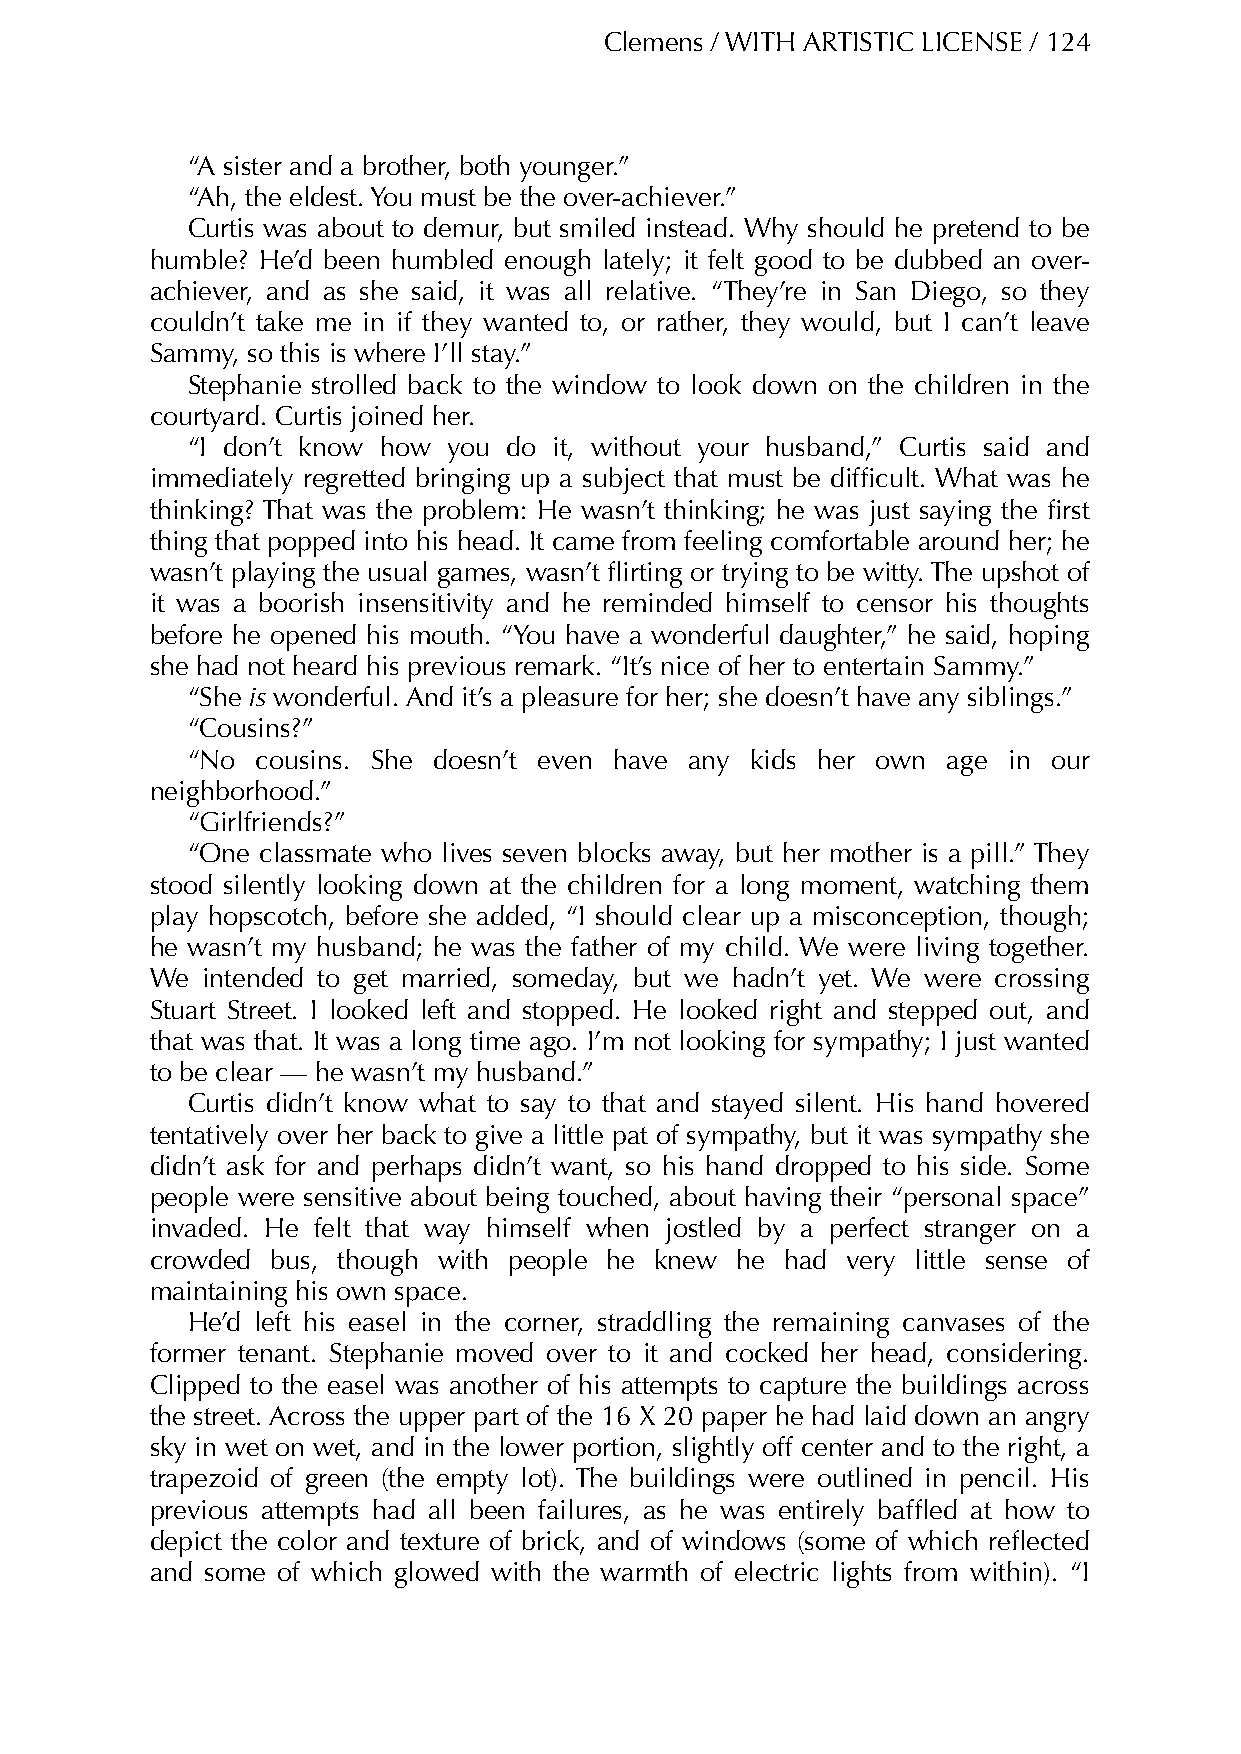
Clemens / WITH ARTISTIC LICENSE / 124
 “A sister and a brother, both younger.”
 “Ah, the eldest. You must be the over-achiever.”
 Curtis was about to demur, but smiled instead. Why should he pretend to be
 humble? He’d been humbled enough lately; it felt good to be dubbed an over-
 achiever, and as she said, it was all relative. “They’re in San Diego, so they
 couldn’t take me in if they wanted to, or rather, they would, but I can’t leave
 Sammy, so this is where I’ll stay.”
 Stephanie strolled back to the window to look down on the children in the
 courtyard. Curtis joined her.
 “I don’t know how you do it, without your husband,” Curtis said and
 immediately regretted bringing up a subject that must be difficult. What was he
 thinking? That was the problem: He wasn’t thinking; he was just saying the first
 thing that popped into his head. It came from feeling comfortable around her; he
 wasn’t playing the usual games, wasn’t flirting or trying to be witty. The upshot of
 it was a boorish insensitivity and he reminded himself to censor his thoughts
 before he opened his mouth. “You have a wonderful daughter,” he said, hoping
 she had not heard his previous remark. “It’s nice of her to entertain Sammy.”
 “She is wonderful. And it’s a pleasure for her; she doesn’t have any siblings.”
 “Cousins?”
 “No  cousins. She doesn’t even have any kids her own age in our
 neighborhood.”
 “Girlfriends?”
 “One classmate who lives seven blocks away, but her mother is a pill.” They
 stood silently looking down at the children for a long moment, watching them
 play hopscotch, before she added, “I should clear up a misconception, though;
 he wasn’t my husband; he was the father of my child. We were living together.
 We intended to get married, someday, but we hadn’t yet. We were crossing
 Stuart Street. I looked left and stopped. He looked right and stepped out, and
 that was that. It was a long time ago. I’m not looking for sympathy; I just wanted
 to be clear — he wasn’t my husband.”
 Curtis didn’t know what to say to that and stayed silent. His hand hovered
 tentatively over her back to give a little pat of sympathy, but it was sympathy she
 didn’t ask for and perhaps didn’t want, so his hand dropped to his side. Some
 people were sensitive about being touched, about having their “personal space”
 invaded. He felt that way himself when jostled by a perfect stranger on a
 crowded bus, though with people he knew he had very little sense of
 maintaining his own space.
 He’d left his easel in the corner, straddling the remaining canvases of the
 former tenant. Stephanie moved over to it and cocked her head, considering.
 Clipped to the easel was another of his attempts to capture the buildings across
 the street. Across the upper part of the 16 X 20 paper he had laid down an angry
 sky in wet on wet, and in the lower portion, slightly off center and to the right, a
 trapezoid of green (the empty lot). The buildings were outlined in pencil. His
 previous attempts had all been failures, as he was entirely baffled at how to
 depict the color and texture of brick, and of windows (some of which reflected
 and some of which glowed with the warmth of electric lights from within). “I